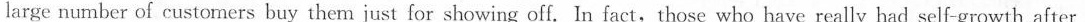
large number of customers buy them just for showing off. In fact,those who have really had self-growth after